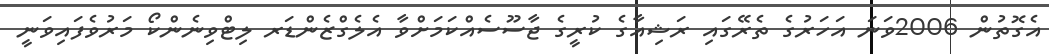
އެގޮތުން 2006ވަނަ އަހަރުގެ ތެރޭގައި ރަޝިއާގެ ކުރީގެ ޖާސޫސެއްކަމަށްވާ އެލެގްޒެންޑަރ ލިޓްވިނެންކޯ މަރުވެފައިވަނީ